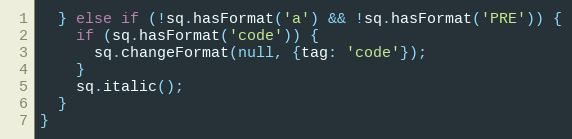
Language: JavaScript
  } else if (!sq.hasFormat('a') && !sq.hasFormat('PRE')) {
    if (sq.hasFormat('code')) {
      sq.changeFormat(null, {tag: 'code'});
    }
    sq.italic();
  }
}